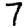
Digit: 7